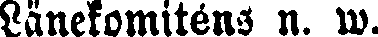
Länekomiténs n. w.